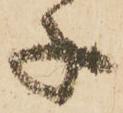
子